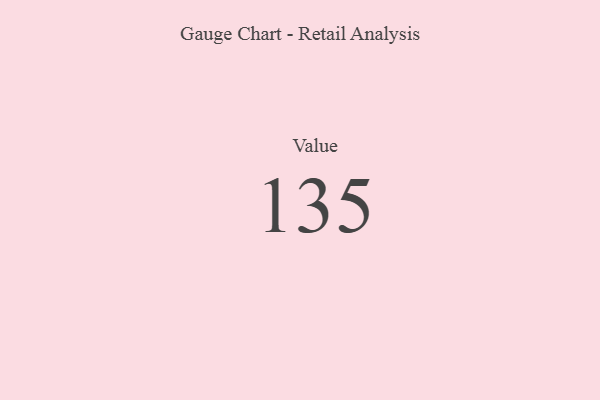
{"axis": {"x": "Metric", "y": "Value"}, "legend": [""], "data": [{"x": "Value", "y": 135, "type": ""}]}